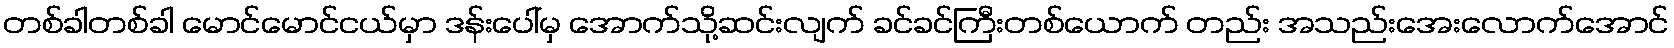
တစ်ခါတစ်ခါ မောင်မောင်ငယ်မှာ ဒန်းပေါ်မှ အောက်သို့ဆင်းလျက် ခင်ခင်ကြီးတစ်ယောက် တည်း အသည်းအေးလောက်အောင်